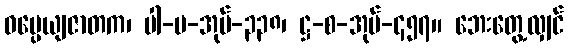
ဓမ္ပေယျဇာတက၊ ပါ-ပ-အုပ်-၃၃၈၊ ဋ္ဌ-စ-အုပ်-၄၅၇။ ဘေးတွေ့လျှင်